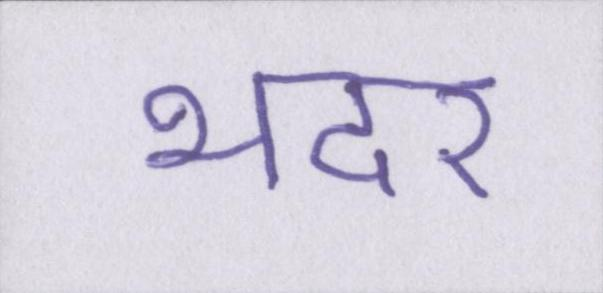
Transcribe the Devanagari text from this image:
भदर